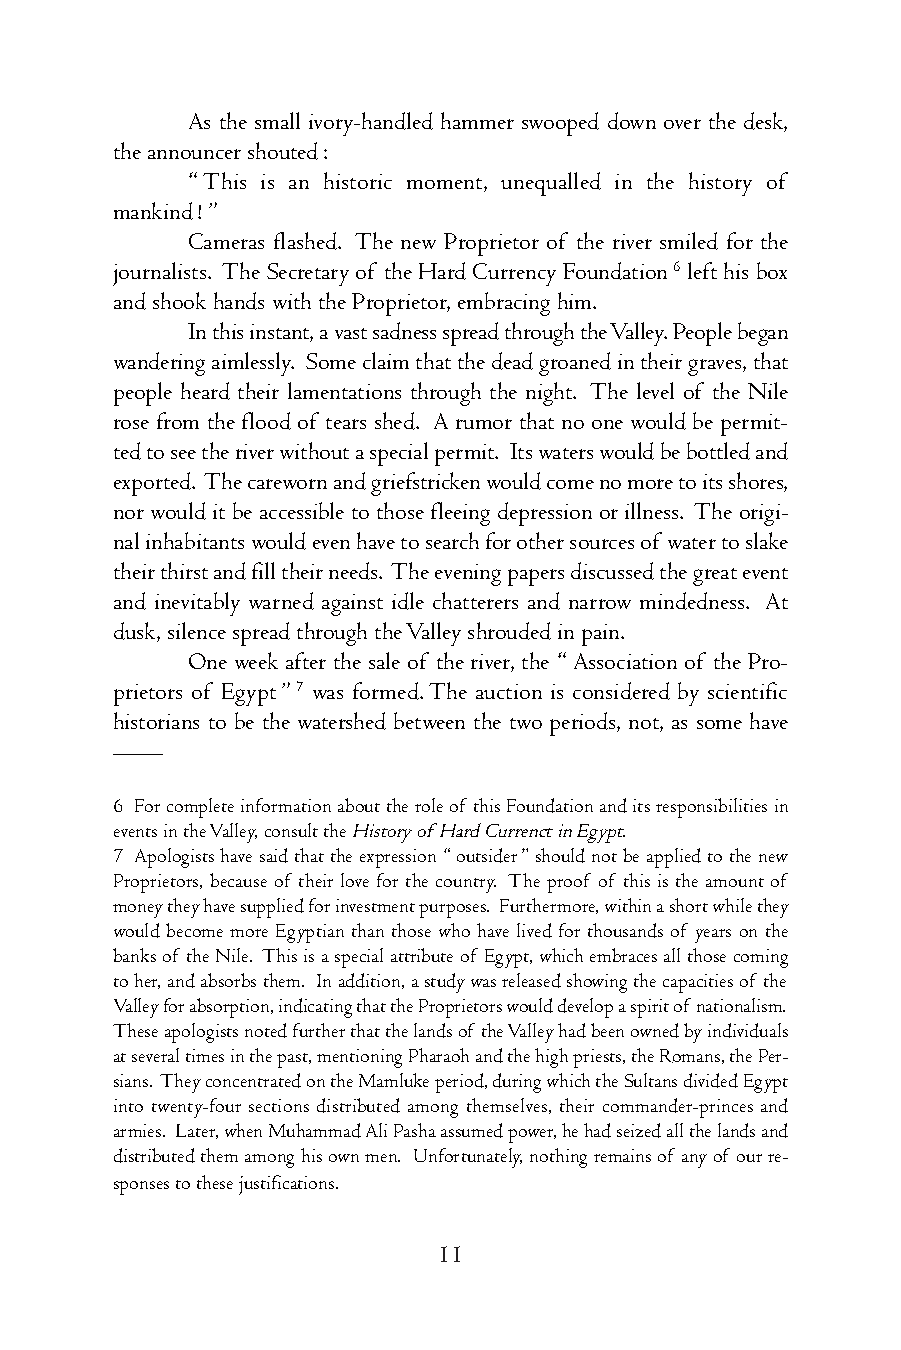
As the small ivory-handled hammer swooped down over the desk,
 theannouncershouted:
 “This is an historic moment, unequalled in the history of
 mankind!”
 Cameras flashed. The new Proprietor of the river smiled for the
 journalists. The Secretary of the Hard Currency Foundation6 left his box
 andshookhandswiththeProprietor,embracinghim.
 Inthisinstant,avastsadnessspreadthroughtheValley.Peoplebegan
 wanderingaimlessly. Someclaimthatthedeadgroanedintheirgraves,that
 people heard their lamentations through the night. The level of the Nile
 rose from the flood of tears shed. A rumor that no one would be permit-
 tedtoseetheriverwithoutaspecialpermit. Itswaterswouldbebottledand
 exported. Thecarewornandgriefstrickenwouldcomenomoretoitsshores,
 norwoulditbeaccessibletothosefleeingdepressionorillness. Theorigi-
 nalinhabitantswouldevenhavetosearchforothersourcesof watertoslake
 theirthirstandfilltheirneeds. Theeveningpapersdiscussedthegreatevent
 and inevitably warned against idle chatterers and narrow mindedness. At
 dusk,silencespreadthroughtheValleyshroudedinpain.
 One week after the sale of the river, the “Association of the Pro-
 prietors of Egypt”7 was formed.The auction is considered by scientific
 historians to be the watershed between the two periods, not, as some have
 ——
 6 Forcompleteinformationabouttheroleof thisFoundationanditsresponsibilitiesin
 eventsintheValley,consulttheHistoryofHardCurrenctinEgypt.
 7 Apologistshavesaidthattheexpression “outsider”shouldnotbeappliedtothenew
 Proprietors, because of their love for the country. The proof of this is the amount of
 moneytheyhavesuppliedforinvestmentpurposes. Furthermore,withinashortwhilethey
 would become more Egyptian than those who have lived for thousands of years on the
 banksof theNile. Thisisaspecialattributeof Egypt,whichembracesallthosecoming
 toher,andabsorbsthem. Inaddition,astudywasreleasedshowingthecapacitiesof the
 Valleyforabsorption,indicatingthattheProprietorswoulddevelopaspiritof nationalism.
 Theseapologistsnotedfurtherthatthelandsof theValleyhadbeenownedbyindividuals
 atseveraltimesinthepast,mentioningPharaohandthehighpriests,theRomans,thePer-
 sians. TheyconcentratedontheMamlukeperiod,duringwhichtheSultansdividedEgypt
 into twenty-four sections distributed among themselves, their commander-princes and
 armies. Later,whenMuhammadAliPashaassumedpower,hehadseizedallthelandsand
 distributedthemamonghisownmen. Unfortunately,nothingremainsof anyof ourre-
 sponsestothesejustifications.
 11